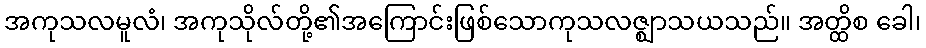
အကုသလမူလံ၊ အကုသိုလ်တို့၏အကြောင်းဖြစ်သောကုသလဇ္ဈာသယသည်။ အတ္ထိစ ခေါ၊